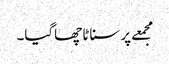
مجمعے پر سناٹا چھاگیا۔